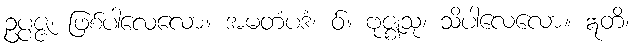
ဥပ္ပဇ္ဇ၊ ဖြစ်ပါလေလော။ အမတံပဒံ၊ ဝ်။ ဗုဇ္ဈသု၊ သိပါလေလော။ ဣတိ၊